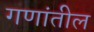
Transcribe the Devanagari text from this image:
गणांतील